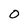
Character: O